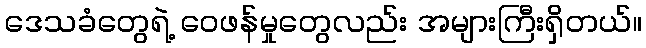
ဒေသခံတွေရဲ့ ဝေဖန်မှုတွေလည်း အများကြီးရှိတယ်။